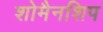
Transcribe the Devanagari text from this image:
शोमैनशिप